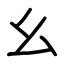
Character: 幺